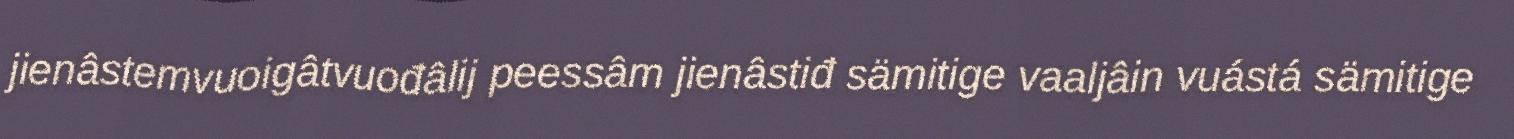
jienâstemvuoigâtvuođâlij peessâm jienâstiđ sämitige vaaljâin vuástá sämitige